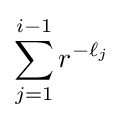
\sum _{j=1}^{i-1}r^{-\ell _{j}}